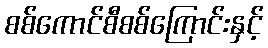
စစ်ကောင်စီစစ်ကြောင်းနှင့်